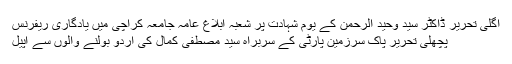
اگلی تحریر ڈاکٹر سید وحید الرحمن کے یوم شہادت پر شعبہ ابلاغ عامہ جامعہ کراچی میں یادگاری ریفرنس
پچھلی تحریر پاک سرزمین پارٹی کے سربراہ سید مصطفی کمال کی اردو بولنے والوں سے اپیل